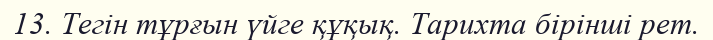
13. Тегін тұрғын үйге құқық. Тарихта бірінші рет.